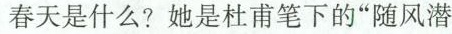
春天是什么?她是杜甫笔下的”随风潜